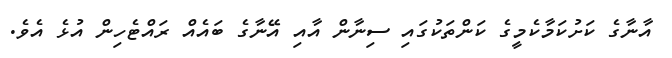
އާނާގެ ކަށުކަމާކެމީގެ ކަންތަކުގައި ސިނާން އާއި އޭނާގެ ބައެއް ރައްޓެހިން އުޅެ އެވެ.